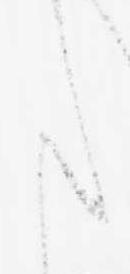
た